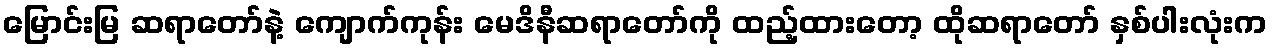
မြောင်းမြ ဆရာတော်နဲ့ ကျောက်ကုန်း မေဒိနီဆရာတော်ကို ထည့်ထားတော့ ထိုဆရာတော် နှစ်ပါးလုံးက